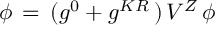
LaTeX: \phi \, = \, ( g ^ { 0 } + g ^ { K R } \, ) \, V ^ { Z } \, \phi